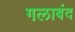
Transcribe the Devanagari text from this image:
गलाबंद